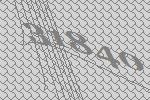
31840